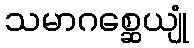
သမာဂစ္ဆေယျုံ